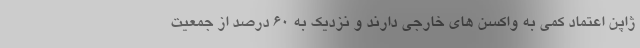
ژاپن اعتماد کمی به واکسن های خارجی دارند و نزدیک به 60 درصد از جمعیت